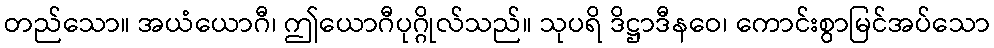
တည်သော။ အယံယောဂီ၊ ဤယောဂီပုဂ္ဂိုလ်သည်။ သုပရိ ဒိဋ္ဌာဒီနဝေ၊ ကောင်းစွာမြင်အပ်သော